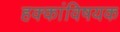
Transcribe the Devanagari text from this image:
हक्कांविषयक